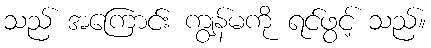
သည် အကြောင်း ကျွန်မကို ရင်ဖွင့် သည်။